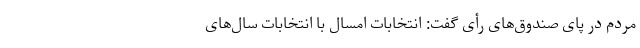
مردم در پای صندوق‌های رأی گفت: انتخابات امسال با انتخابات سال‌های